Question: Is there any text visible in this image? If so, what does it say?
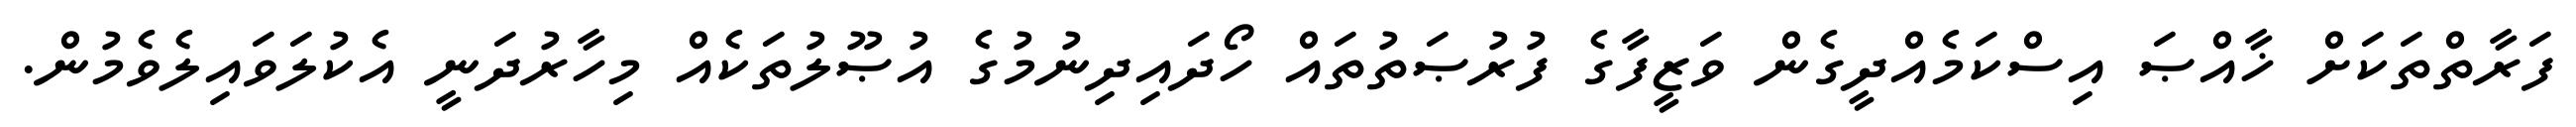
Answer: ފަރާތްތަކަށް ޚާއްޞަ އިސްކަމެއްދީގެން ވަޒީފާގެ ފުރުޞަތުތައް ހޯދައިދިނުމުގެ އުޞޫލުތަކެއް މިހާރުދަނީ އެކުލަވައިލެވެމުން.